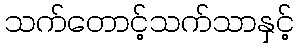
သက်တောင့်သက်သာနှင့်